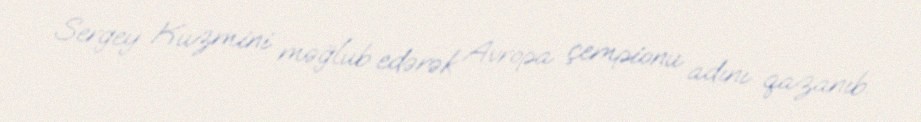
Sergey Kuzmini məğlub edərək Avropa çempionu adını qazanıb.